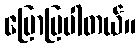
ပြောပြပါတယ်။